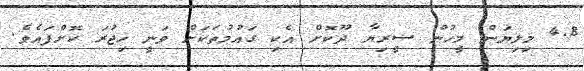
4.8 މިލިޔަން މީހުން ސީރިޔާ ދޫކޮށް އެކި ގައުމުތަކަށް ވަނީ ހިޖުރަ ކޮށްފައެވެ.